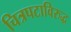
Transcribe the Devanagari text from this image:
चित्रपटाविरुद्ध